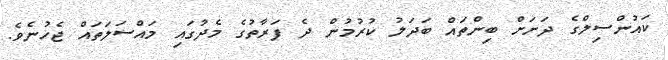
ކައުންސިލްގެ ދަށަށް ބިންތައް ބަދަލު ކުރުމުން ދެ ފަރާތުގެ މެދުގައި މައްސަލަތައް ޖެހުނެވެ.